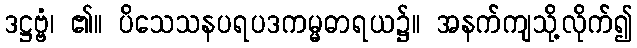
ဒဋ္ဌဗ္ဗံ၊ ၏။ ပိသေသနပရပဒကမ္မဓာရယ၌။ အနက်ကျသို့လိုက်၍